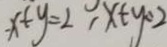
x + y = 2 x + y = 2